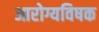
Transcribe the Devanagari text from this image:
आरोग्यविषक